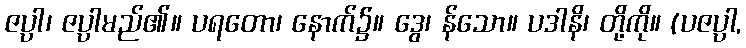
ဇပ္ပါ၊ ဇပ္ပါမည်၏။ ပရတော၊ နောက်၌။ ဒွေ၊ န်သော။ ပဒါနိ၊ တို့ကို။ (ပဇပ္ပါ,